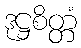
ဒုဋ္ဌစိတ္တံ